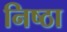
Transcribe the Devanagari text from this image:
निष्‍ठा